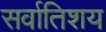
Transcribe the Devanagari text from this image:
सर्वातिशय